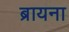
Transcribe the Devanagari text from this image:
ब्रायना